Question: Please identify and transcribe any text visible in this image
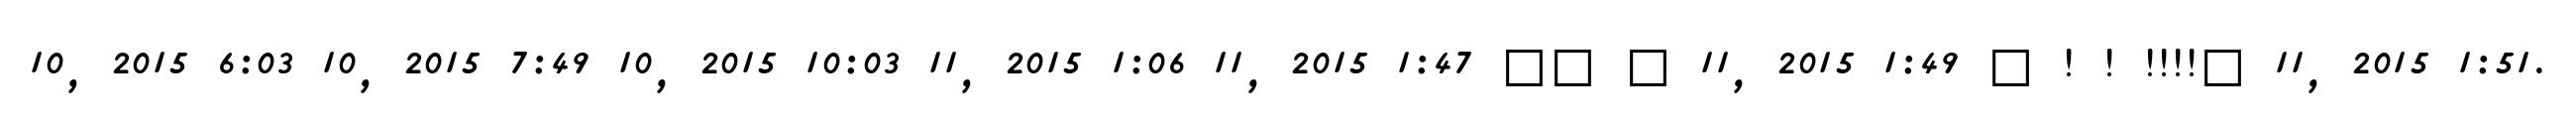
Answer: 10, 2015 6:03 10, 2015 7:49 10, 2015 10:03 11, 2015 1:06 11, 2015 1:47 ?? ? 11, 2015 1:49 ? ! ! !!!!? 11, 2015 1:51.